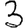
Digit: 3